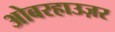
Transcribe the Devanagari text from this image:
ओबरहाउज़र